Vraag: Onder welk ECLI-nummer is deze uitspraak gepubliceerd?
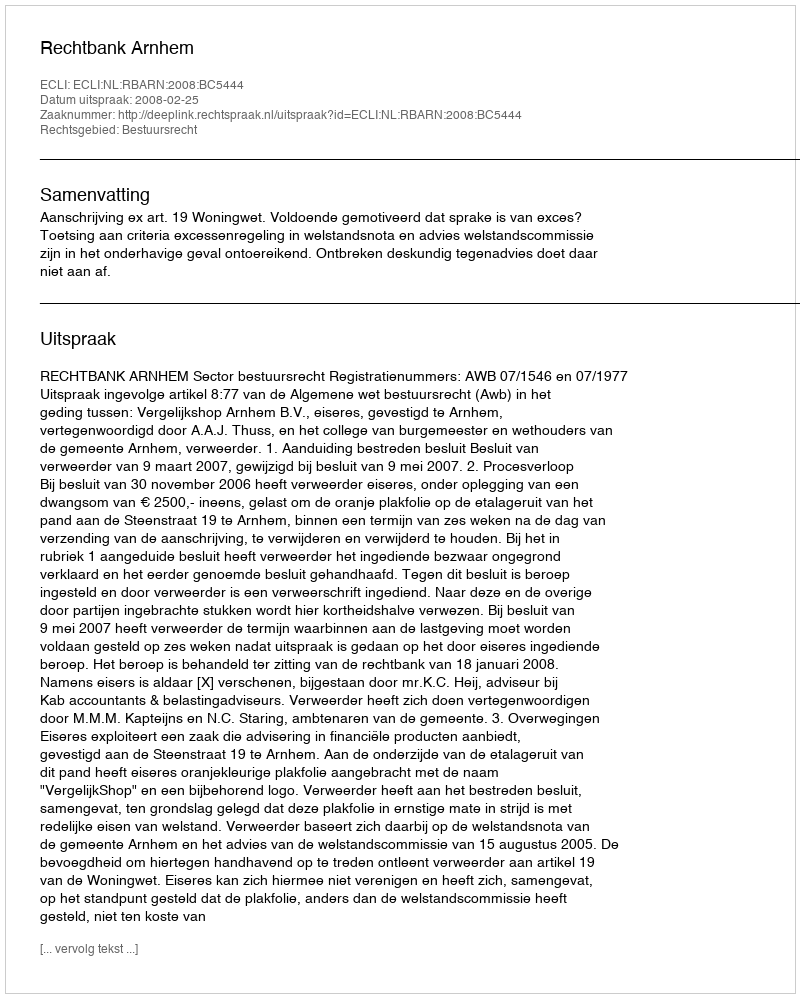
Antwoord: ECLI:NL:RBARN:2008:BC5444